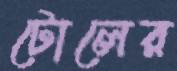
টোলের